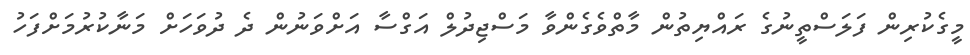
މީގެކުރިން ފަލަސްތީނުގެ ރައްޔިތުން މާތްވެގެންވާ މަސްޖިދުލް އަގްސާ އަށްވަނުން ދެ ދުވަހަށް މަނާކުރުމަށްފަހު